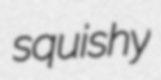
squishy